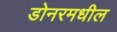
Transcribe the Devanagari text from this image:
डोनरमधील